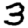
Digit: 3